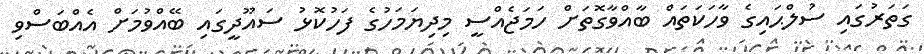
ގަތަރުގައި ސުލްޙައިގެ ވާހަކަތައް ބާއްވާގޮތަށް ހަމަޖެއްސީ މިދިޔަމަހުގެ ފަހުކޮޅު ސައޫދީގައި ބޭއްވުމަށް އެއްބަސްވި